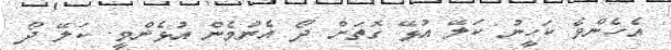
އެހެންވެ ކަހީނު ކަލޭ އުޅޭ ގޮތަށް ދޯ އެންމެން އުޅެންވީ. ކަލޭ ދޯ